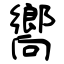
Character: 嚮